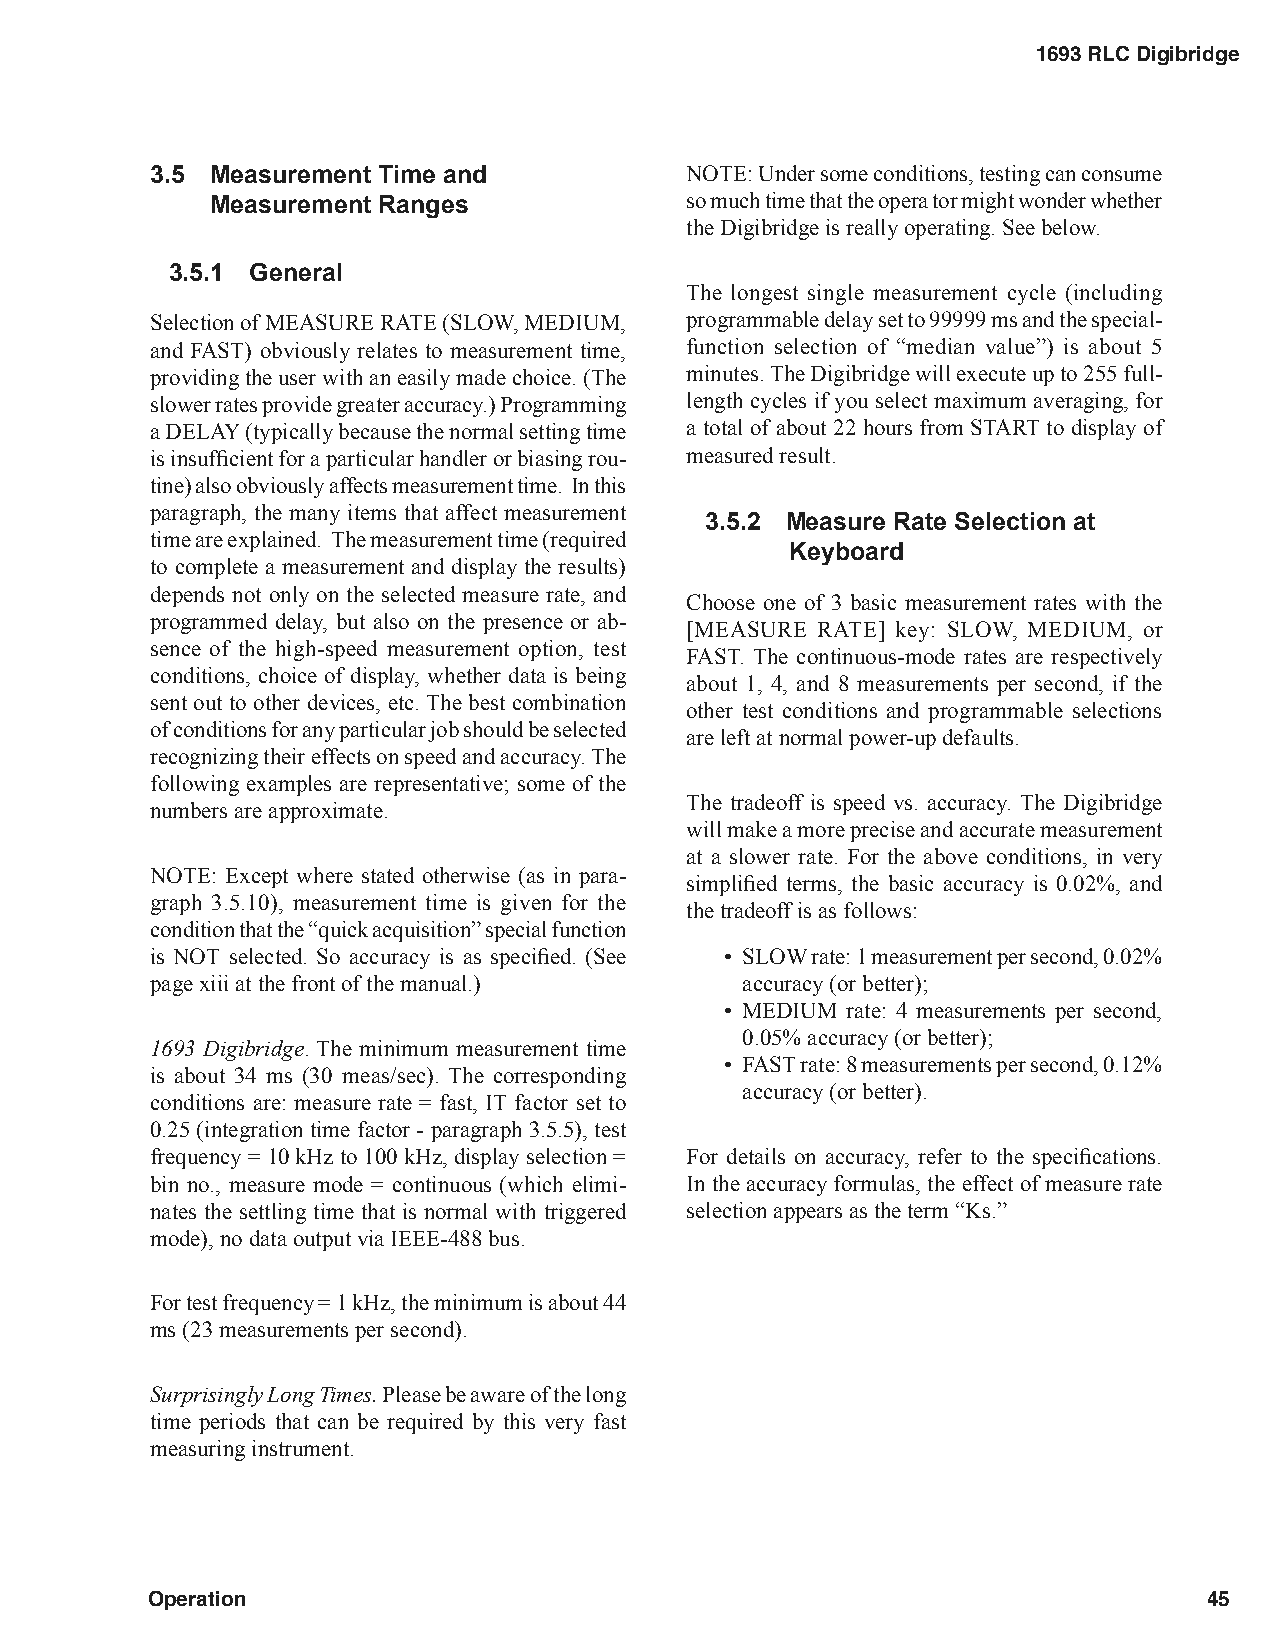
1693 RLC Digibridge
 3.5 Measurement Time and           NOTE: Under some conditions, testing can consume
 Measurement Ranges             so much time that the opera tor might wonder whether
 the Digibridge is really operating. See below.
 3.5.1 General
 The longest single measurement cycle (including
 Selection of MEASURE RATE (SLOW, MEDIUM, programmable delay set to 99999 ms and the special-
 and FAST) obviously relates to measurement time, function selection of “median value”) is about 5
 providing the user with an easily made choice. (The minutes. The Digibridge will execute up to 255 full-
 slower rates provide greater accuracy.) Programming length cycles if you select maximum averaging, for
 a DELAY (typically because the normal setting time a total of about 22 hours from START to display of
 is insufficient for a particular handler or biasing rou- measured result.
 tine) also obviously affects measurement time. In this
 paragraph, the many items that affect measurement
 3.5.2 Measure Rate Selection at
 time are explained. The measurement time (required
 Keyboard
 to complete a measurement and display the results)
 depends not only on the selected measure rate, and
 Choose one of 3 basic measurement rates with the
 programmed delay, but also on the presence or ab-
 [MEASURE RATE] key: SLOW, MEDIUM, or
 sence of the high-speed measurement option, test
 FAST. The continuous-mode rates are respectively
 conditions, choice of display, whether data is being
 about 1, 4, and 8 measurements per second, if the
 sent out to other devices, etc. The best combination
 other test conditions and programmable selections
 of conditions for any particular job should be selected
 are left at normal power-up defaults.
 recognizing their effects on speed and accuracy. The
 following examples are representative; some of the
 The tradeoff is speed vs. accuracy. The Digibridge
 numbers are approximate.
 will make a more precise and accurate measurement
 at a slower rate. For the above conditions, in very
 NOTE: Except where stated otherwise (as in para-
 simplified terms, the basic accuracy is 0.02%, and
 graph 3.5.10), measurement time is given for the
 the tradeoff is as follows:
 condition that the “quick acquisition” special function
 is NOT selected. So accuracy is as specified. (See • SLOW rate: 1 measurement per second, 0.02%
 page xiii at the front of the manual.) accuracy (or better);
 • MEDIUM rate: 4 measurements per second,
 0.05% accuracy (or better);
 1693 Digibridge. The minimum measurement time
 • FAST rate: 8 measurements per second, 0.12%
 is about 34 ms (30 meas/sec). The corresponding
 accuracy (or better).
 conditions are: measure rate = fast, IT factor set to
 0.25 (integration time factor - paragraph 3.5.5), test
 frequency = 10 kHz to 100 kHz, display selection = For details on accuracy, refer to the specifications.
 bin no., measure mode = continuous (which elimi- In the accuracy formulas, the effect of measure rate
 nates the settling time that is normal with triggered selection appears as the term “Ks.”
 mode), no data output via IEEE-488 bus.
 For test frequency = 1 kHz, the minimum is about 44
 ms (23 measurements per second).
 Surprisingly Long Times. Please be aware of the long
 time periods that can be required by this very fast
 measuring instrument.
 Operation                                                             45